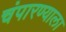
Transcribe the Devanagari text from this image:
चंपारण्याला